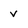
Character: v